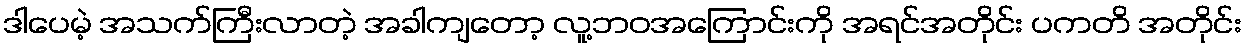
ဒါပေမဲ့ အသက်ကြီးလာတဲ့ အခါကျတော့ လူ့ဘဝအကြောင်းကို အရင်အတိုင်း ပကတိ အတိုင်း